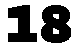
18